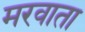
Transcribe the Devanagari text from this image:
मरवाता